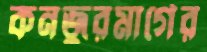
কনজুরমার্গের